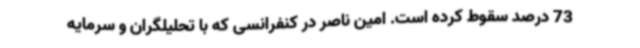
73 درصد سقوط کرده است. امین ناصر در کنفرانسی که با تحلیلگران و سرمایه